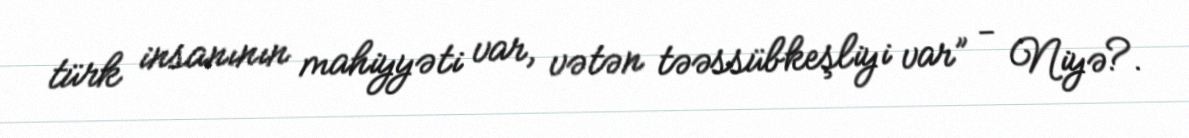
türk insanının mahiyyəti var, vətən təəssübkeşliyi var” - Niyə?.